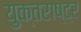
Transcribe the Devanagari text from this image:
युक्तराष्ट्र